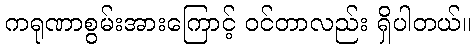
ကရုဏာစွမ်းအားကြောင့် ဝင်တာလည်း ရှိပါတယ်။